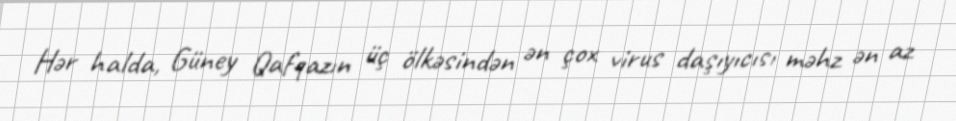
Hər halda, Güney Qafqazın üç ölkəsindən ən çox virus daşıyıcısı məhz ən az